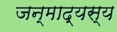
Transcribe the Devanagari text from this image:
जन्माद्यस्य